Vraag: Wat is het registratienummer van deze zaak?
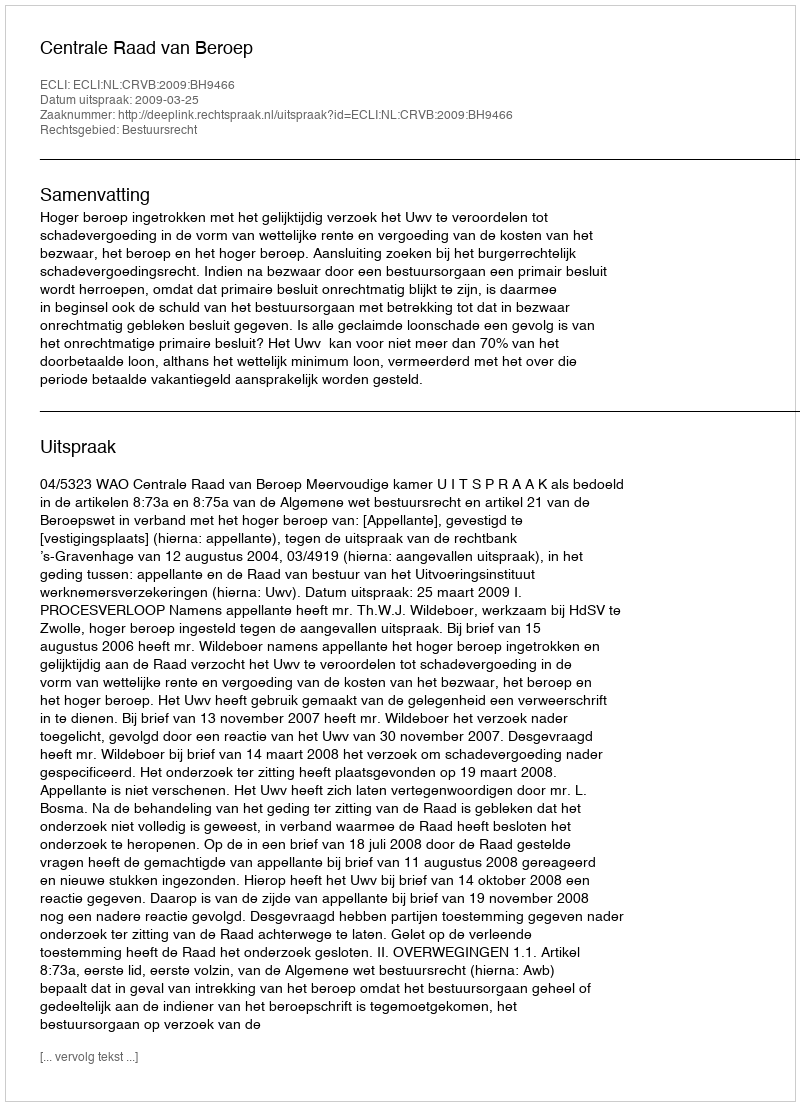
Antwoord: http://deeplink.rechtspraak.nl/uitspraak?id=ECLI:NL:CRVB:2009:BH9466